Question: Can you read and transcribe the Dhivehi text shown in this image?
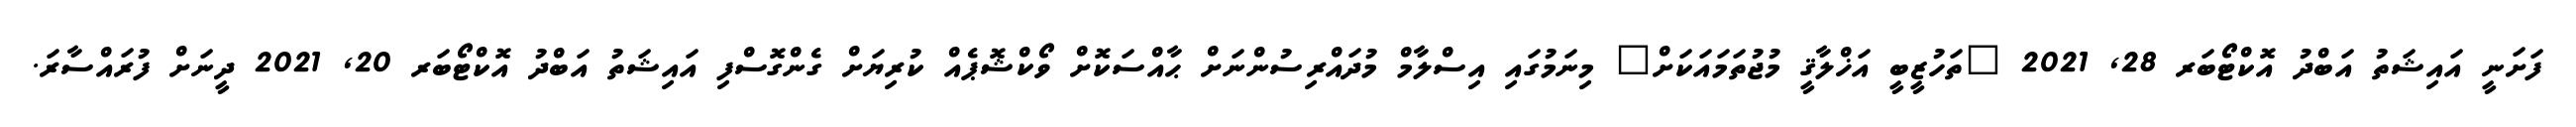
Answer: ފަށަނީ އައިޝަތު އަބްދު އޮކްޓޯބަރ 28, 2021 "ތަހުޒީބީ އަޚްލާޤީ މުޖުތަމައަކަށް" މިނަމުގައި އިސްލާމް މުދައްރިސުންނަށް ޙާއްސަކޮށް ވޯކްޝޮޕެއް ކުރިޔަށް ގެންގޮސްފި އައިޝަތު އަބްދު އޮކްޓޯބަރ 20, 2021 ދީނަށް ފުރައްސާރަ.